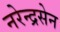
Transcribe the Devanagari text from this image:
नरेन्द्रसेन